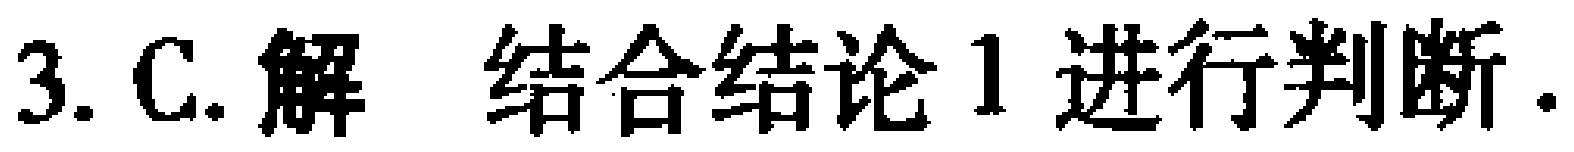
3. C. 解 结合结论1进行判断.